Rangoon Lunatic Asylum 1878-1892 - 1878-1892
Year: 1878
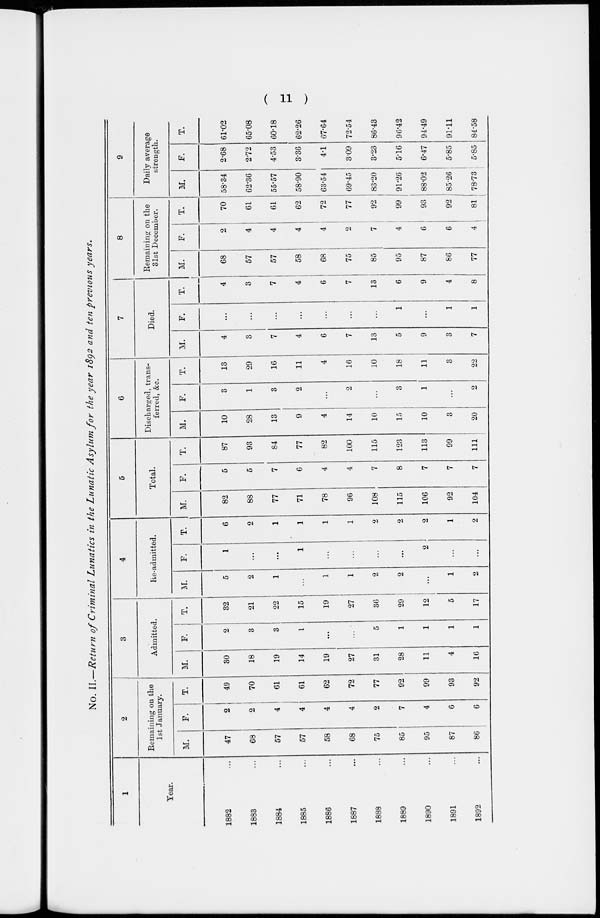
( 11 )
No. II.—Return of Criminal Lunatics in the Lunatic Asylum for the year 1892 and ten previous years.
1
Year.
1882 ...
1883 ...
1884 ...
1885 ...
1886 ...
1887 ...
1888 ...
1889 ...
1890 ...
1891 ...
1892 ...
2
Remaining on the
1st January.
M.
47
68
57
57
58
68
75
85
95
87
86
F.
2
2
4
4
4
4
2
7
4
6
6
T.
49
70
61
61
62
72
77
92
99
93
92
3
Admitted.
M.
30
18
19
14
19
27
31
28
11
4
16
F.
2
3
3
1
...
...
5
1
1
1
1
T.
32
21
22
15
19
27
36
29
12
5
17
4
Re-admitted.
M.
5
2
1
...
1
1
2
2
...
1
2
F.
1
...
...
1
...
...
...
...
2
...
...
T.
6
2
1
1
1
1
2
2
2
1
2
5
Total.
M.
82
88
77
71
78
96
108
115
106
92
104
F.
5
5
7
6
4
4
7
8
7
7
7
T.
87
93
84
77
82
100
115
123
113
99
111
6
Discharged, trans-
ferred, &c.
M.
10
28
13
9
4
14
10
15
10
3
20
F.
3
1
3
2
...
2
...
3
1
...
2
T.
13
29
16
11
4
16
10
18
11
3
22
7
Died.
M.
4
3
7
4
6
7
13
5
9
3
7
F.
...
...
...
...
...
...
...
1
...
1
1
T.
4
3
7
4
6
7
13
6
9
4
8
8
Remaining on the
31st December.
M.
68
57
57
58
68
75
85
95
87
86
77
F.
2
4
4
4
4
2
7
4
6
6
4
T.
70
61
61
62
72
77
92
99
93
92
81
9
Daily average
strength.
M.
58.34
62.36
55.57
58.90
63.54
69.45
83.20
91.26
88.02
85.26
78.73
F.
2.68
2.72
4.53
3.36
4.1
3.09
3.23
5.16
6.47
5.85
5.85
T.
61.02
65.08
60.18
62.26
67.64
72.54
86.43
96.42
94.49
91.11
84.58